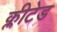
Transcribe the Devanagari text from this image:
क्लीटेड